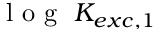
\mathrm { ~ l ~ o ~ g ~ } ~ K _ { e x c , 1 }